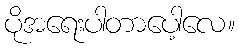
ပိုအရေးပါတာပေါ့လေ။